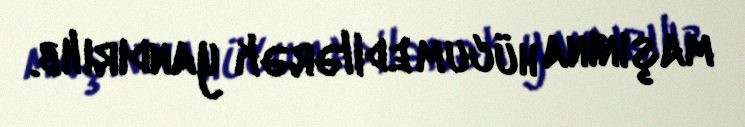
maşınına hücum edilərək yandırılıb.